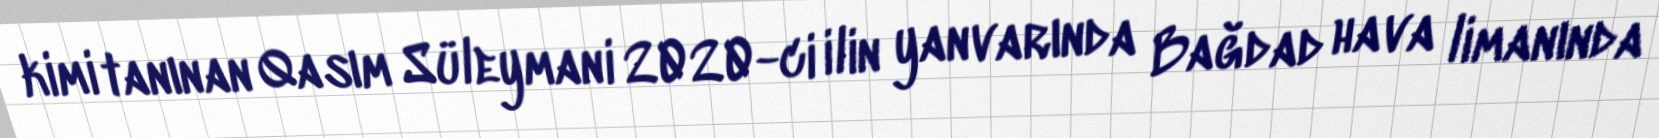
kimi tanınan Qasım Süleymani 2020-ci ilin yanvarında Bağdad hava limanında